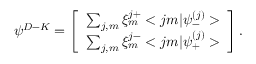
{ \psi } ^ { D - K } = \left[ \begin{array} { c } { { \sum _ { j , m } \xi _ { m } ^ { j + } < j m | { \psi } _ { - } ^ { ( j ) } > } } \\ { { \sum _ { j , m } \xi _ { m } ^ { j - } < j m | { \psi } _ { + } ^ { ( j ) } > } } \end{array} \right] .